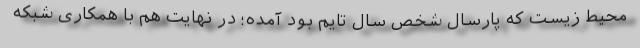
محیط زیست که پارسال شخص سال تایم بود آمده؛ در نهایت هم با همکاری شبکه